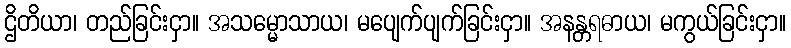
ဌိတိယာ၊ တည်ခြင်းငှာ။ အသမ္မောသာယ၊ မပျေက်ပျက်ခြင်းငှာ။ အနန္တရဓာယ၊ မကွယ်ခြင်းငှာ။